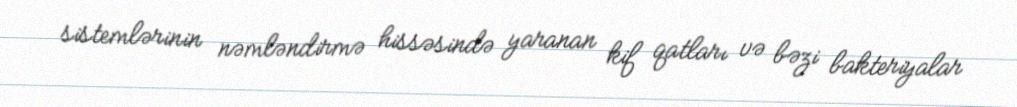
sistemlərinin nəmləndirmə hissəsində yaranan kif qatları və bəzi bakteriyalar